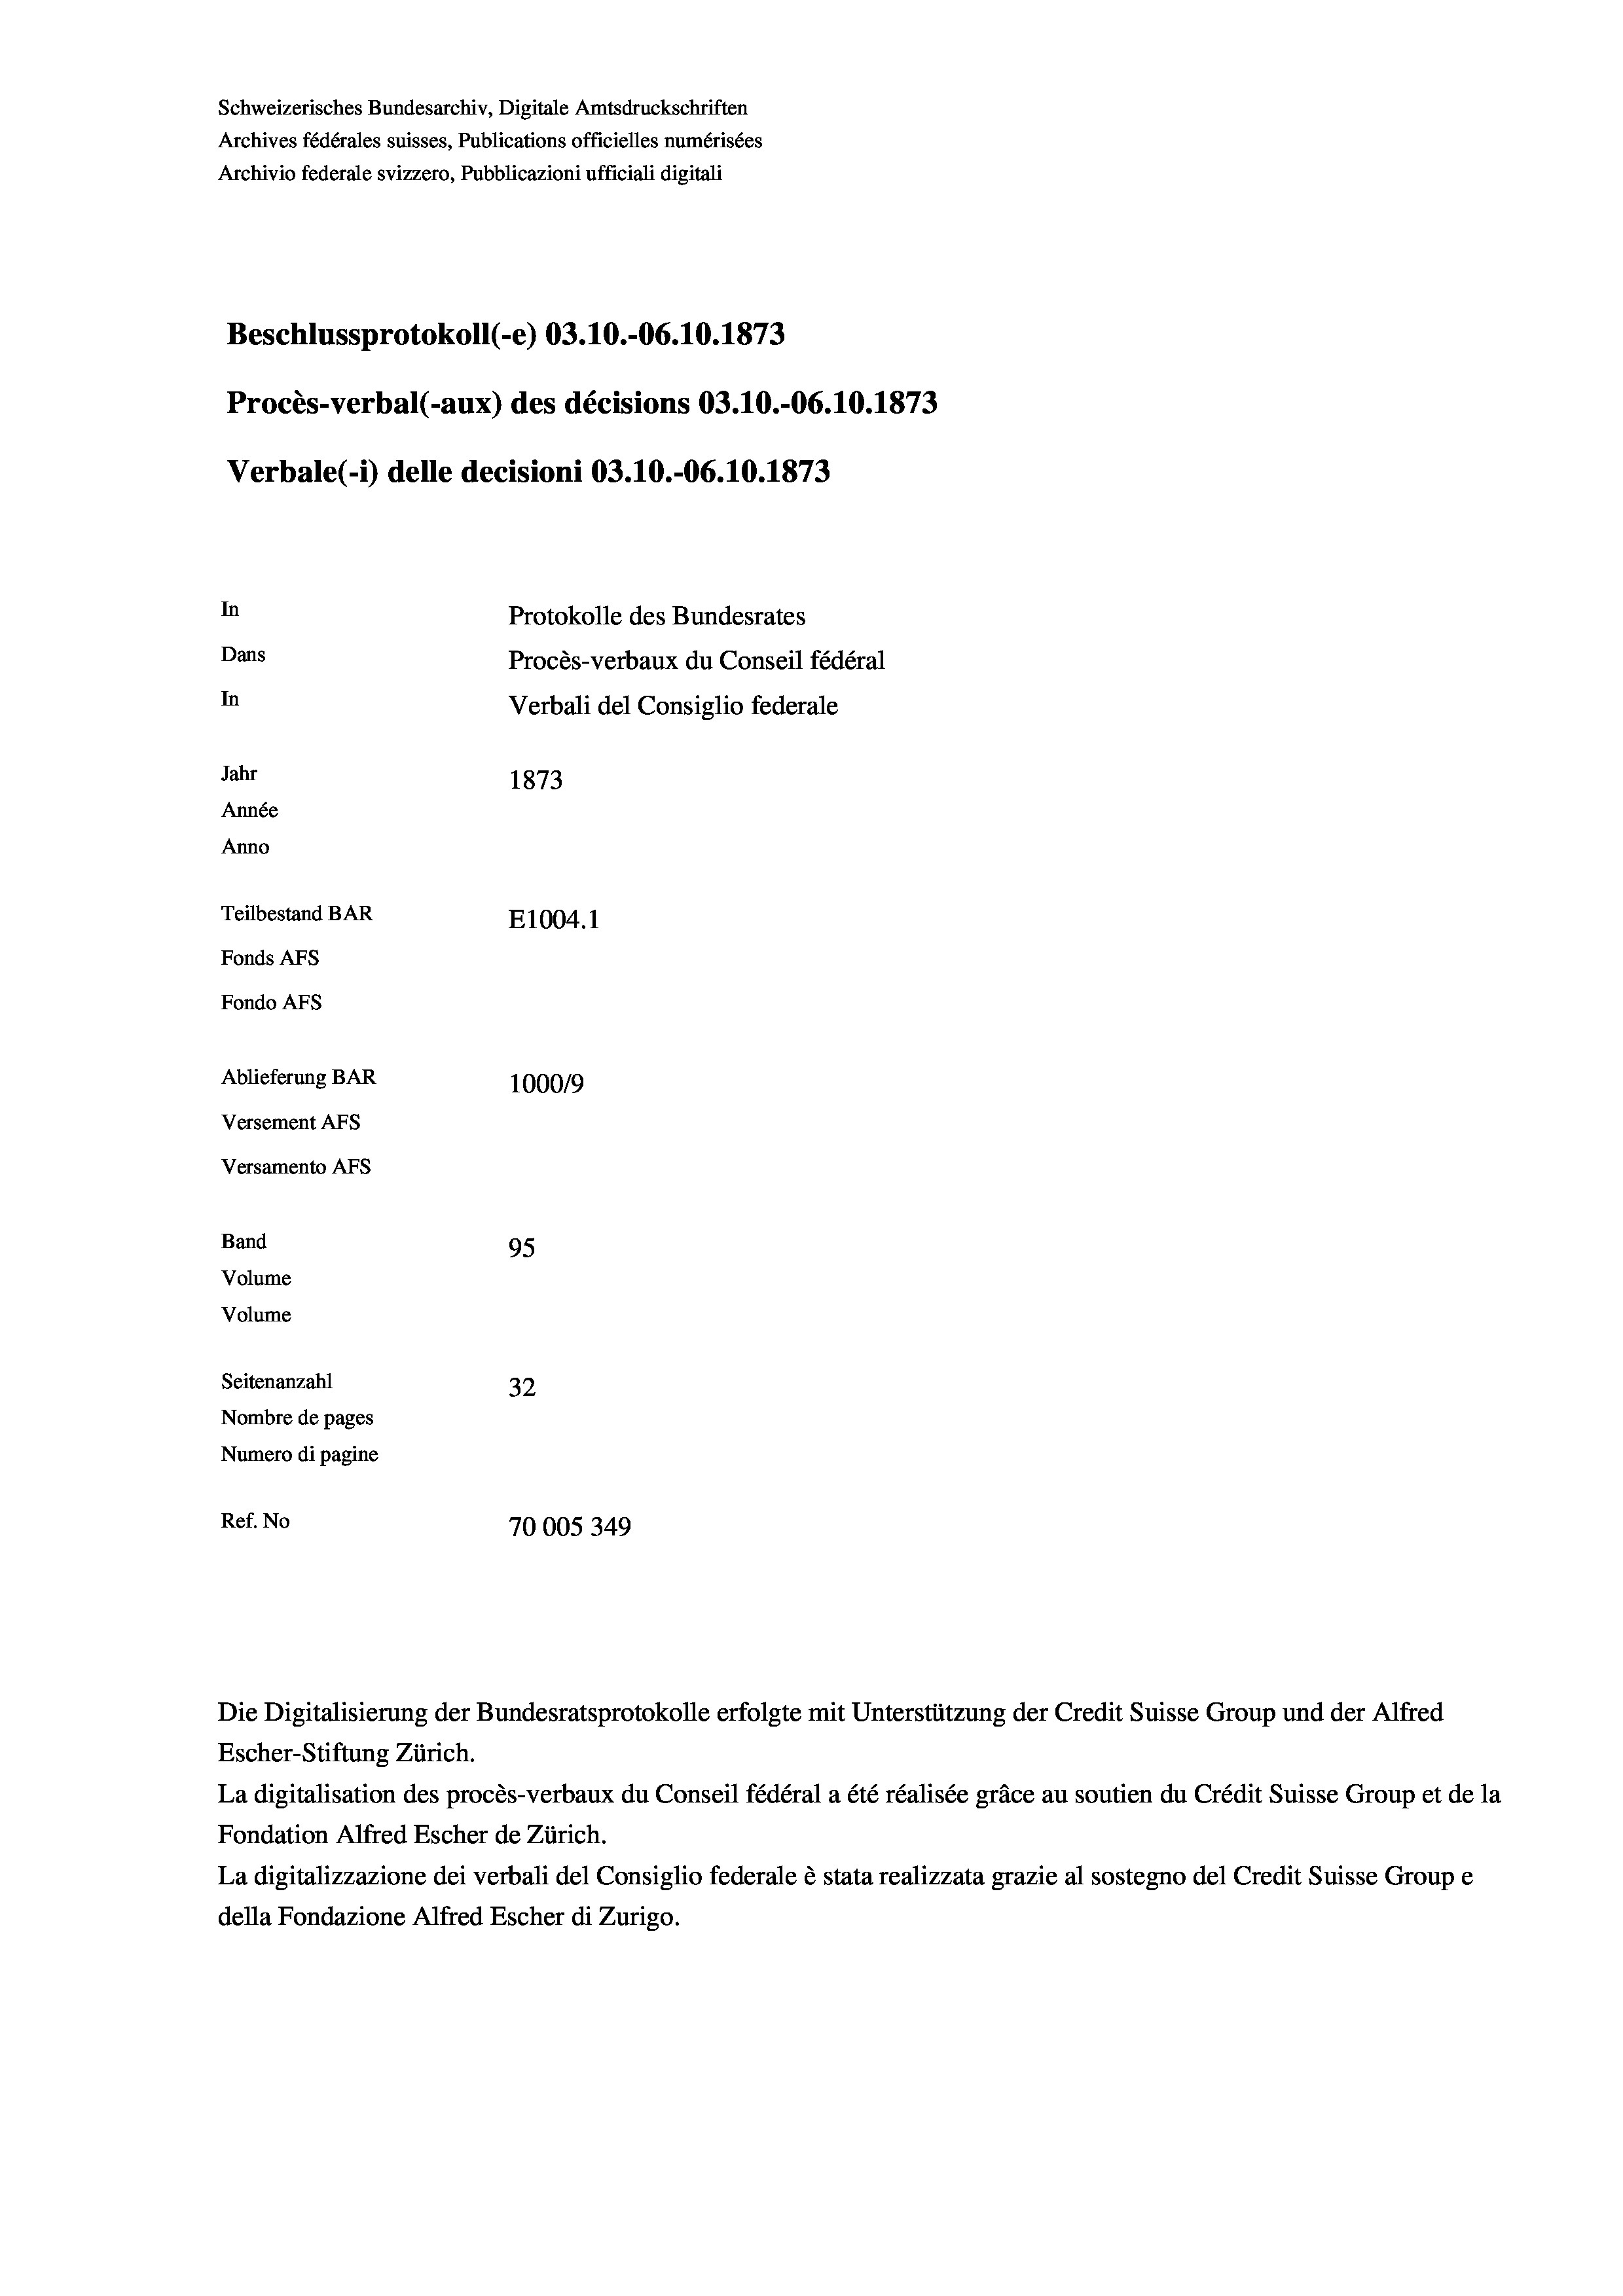
Beschlussprotokoll (-e) 03.10.-06. 10. 1873
Procès-verbal (-aux) des décisions 03.10.-06.10.1873
In
Protokolle des Bundesrates
Dans
Procès-verbaux du Conseil fédéral
In
Verbali del Consiglio federale
Jahr
1873
Année
Anno
Teilbestand BAR
E1004. 1
Fonds AFs
Fondo AFs
Ablieferung BAR
100019
Versement AFs
Versamento AFs

Band
Volume
Volume

95
Seitenanzahl
32
Nombre de pages
Numero di pagine
Ref. No
70005349

Schweizerisches Bundesarchiv, Digitale Amtsdruckschriften
Archives fédérales suisses, Publications officielles numérisées
Archivio federale svizzero, Pubblicazioni ufficiali digitali

Verbale (- 1) delle decisioni 03.10.-06. 10. 1873

Die Digitalisierung der Bundesratsprotokolle erfolgte mit Unterstützung der Credit Suisse Group und der Alfred
Escher-Stiftung Zürich.
La digitalisation des procès-verbaux du Conseil fédéral a été réalisée gräce au soutien du Crédit Suisse Group et de la
Fondation Alfred Escher de Zürich.
La digitalizzazione dei verbali del Consiglio federale è stata realizzata grazie al sostegno del Credit Suisse Groupe
della Fondazione Alfred Escher di Zurigo.